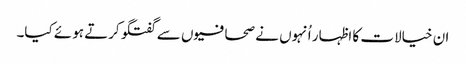
ان خیالات کا اظہار اُنہوں نے صحافیوں سے گفتگو کرتے ہوئے کیا۔